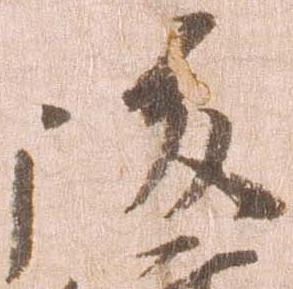
後